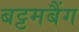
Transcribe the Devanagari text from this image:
बट्टमबैंग